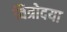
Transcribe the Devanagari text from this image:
चित्रोदया